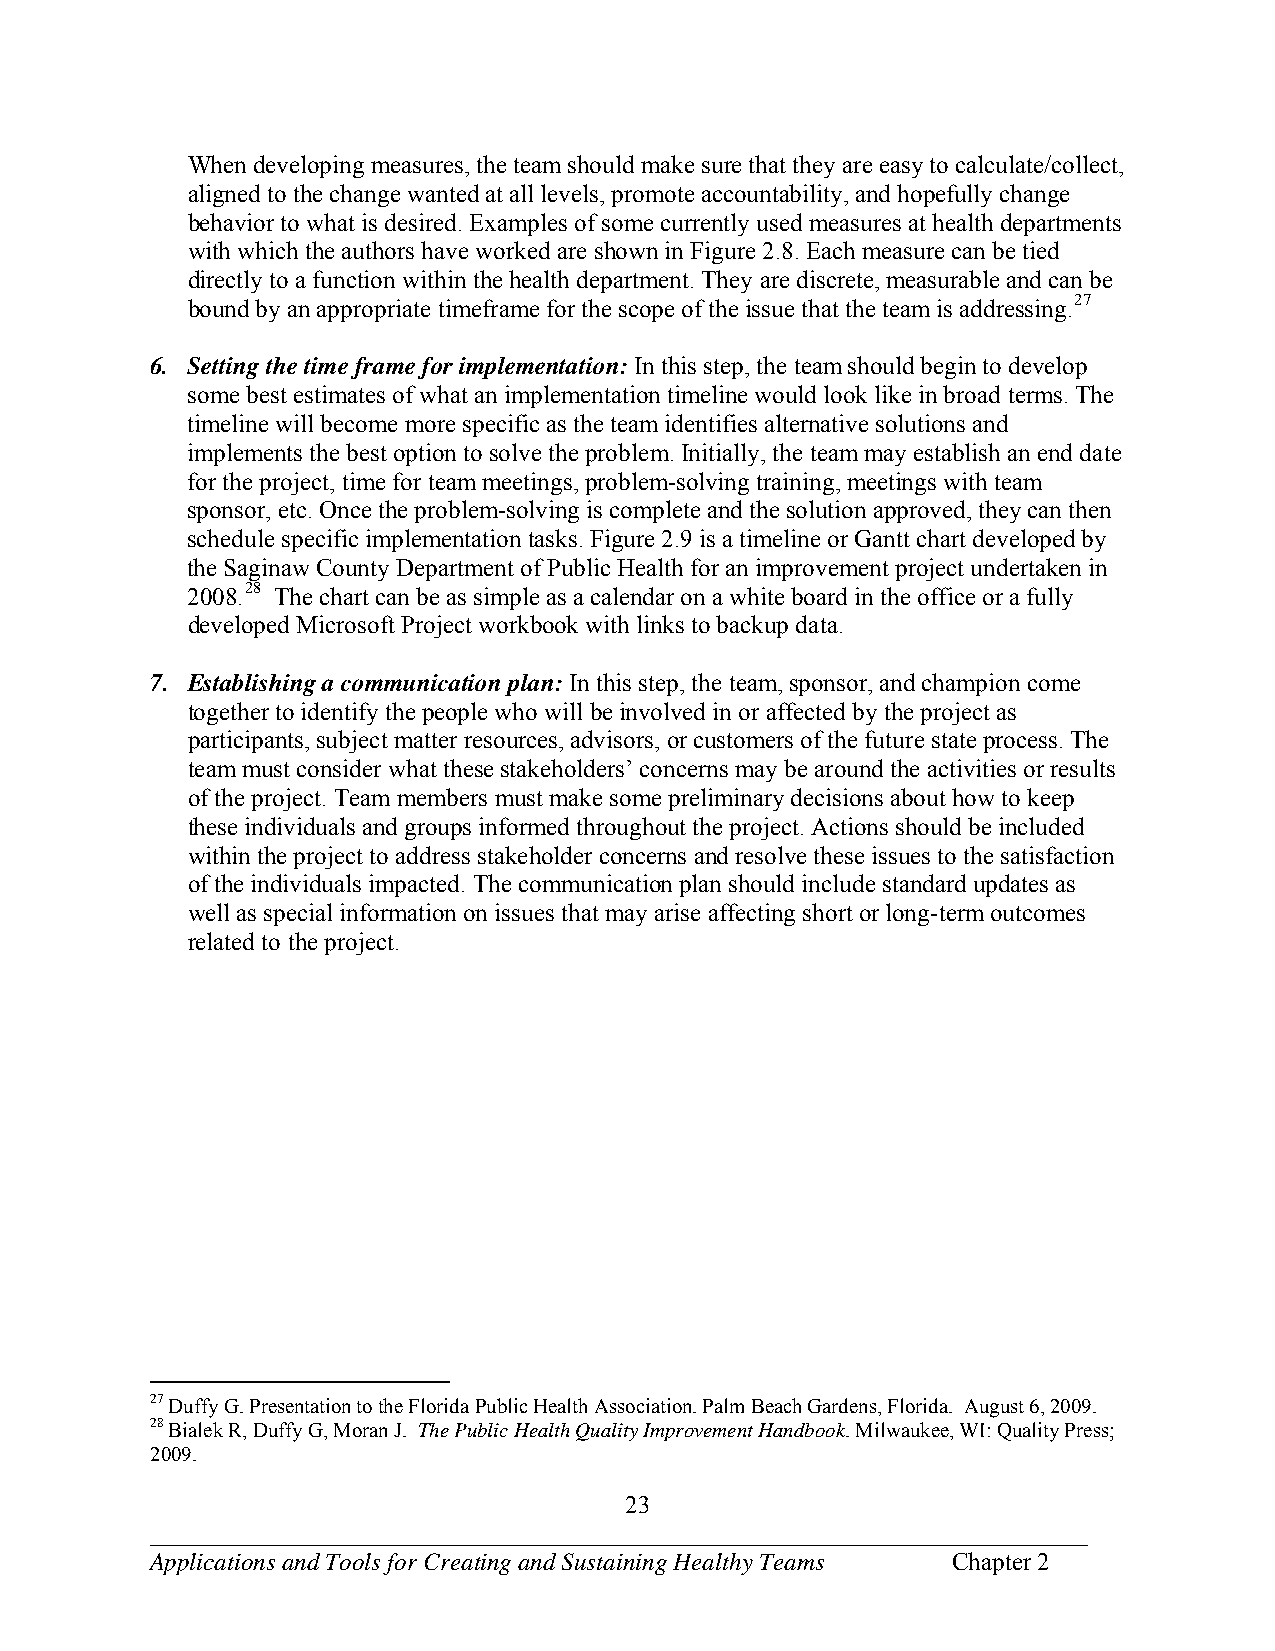
When developing measures, the team should make sure that they are easy to calculate/collect,
 aligned to the change wanted at all levels, promote accountability, and hopefully change
 behavior to what is desired. Examples of some currently used measures at health departments
 with which the authors have worked are shown in Figure 2.8. Each measure can be tied
 directly to a function within the health department. They are discrete, measurable and can be
 bound by an appropriate timeframe for the scope of the issue that the team is addressing.27
 6. Setting the time frame for implementation: In this step, the team should begin to develop
 some best estimates of what an implementation timeline would look like in broad terms. The
 timeline will become more specific as the team identifies alternative solutions and
 implements the best option to solve the problem. Initially, the team may establish an end date
 for the project, time for team meetings, problem-solving training, meetings with team
 sponsor, etc. Once the problem-solving is complete and the solution approved, they can then
 schedule specific implementation tasks. Figure 2.9 is a timeline or Gantt chart developed by
 the Saginaw County Department of Public Health for an improvement project undertaken in
 2008.28 The chart can be as simple as a calendar on a white board in the office or a fully
 developed Microsoft Project workbook with links to backup data.
 7. Establishing a communication plan: In this step, the team, sponsor, and champion come
 together to identify the people who will be involved in or affected by the project as
 participants, subject matter resources, advisors, or customers of the future state process. The
 team must consider what these stakeholders’ concerns may be around the activities or results
 of the project. Team members must make some preliminary decisions about how to keep
 these individuals and groups informed throughout the project. Actions should be included
 within the project to address stakeholder concerns and resolve these issues to the satisfaction
 of the individuals impacted. The communication plan should include standard updates as
 well as special information on issues that may arise affecting short or long-term outcomes
 related to the project.
 27 Duffy G. Presentation to the Florida Public Health Association. Palm Beach Gardens, Florida. August 6, 2009.
 28 Bialek R, Duffy G, Moran J. The Public Health Quality Improvement Handbook. Milwaukee, WI: Quality Press;
 2009.
 23
 ___________________________________________________________________________
 Applications and Tools for Creating and Sustaining Healthy Teams Chapter 2